system: You are a helpful assistant.
user:
Analyze the provided spectrum to determine if it is a **S-type Star**.

- **Key Indicators for S-type Star:**

    - **(Overall Spectrum Shape):** The first and most obvious characteristic is the overall continuum (the "baseline" shape). It is **extremely "red-sloping,"** meaning the flux (light intensity) is very low on the left side (blue, ~4000-4500 Å) and rises steeply and continuously toward the right side (red, ~7000 Å+).

    - **(Primary):** The spectrum is defined by the presence of strong, broad molecular absorption "valleys" (bands) from **Zirconium Oxide (ZrO)**. The identification of these bands is the **primary requirement** for classifying a star as S-type.
        - **(Key Bandheads):** You must find distinct, deep "dips" where the light has been absorbed. The most critical band systems to locate are:
            - **~6474 Å** ($\gamma$-system): This is often the strongest and clearest ZrO feature, found in the red part of the spectrum.
            - **~5718 Å** & **~5551 Å** ($\beta$-system): A pair of prominent absorption features in the yellow-orange part of the spectrum.
            - **~4640 Å** ($\alpha$-system): A key absorption band system in the blue-green region of the spectrum.

    - **(Secondary Confirmation):** The classification is strengthened by finding additional absorption bands from other related heavy element oxides, which are expected to be present alongside ZrO.
        - **(Key Bandheads):**
            - **Yttrium Oxide (YO):** Look for absorption dips near **~4800 Å** and **~6100 Å**.
            - **Lanthanum Oxide (LaO):** Additional absorption features, particularly in the red-orange part of the spectrum, are also characteristic.

    - **(Line Profile):** The combination of the steep red continuum and these numerous, deep molecular bands (ZrO, YO, etc.) gives the entire spectrum a very **"chopped-up"** or **"bumpy"** appearance. Instead of a smooth curve, the spectrum looks as though large, wide chunks of light have been "carved out" of it at the specific wavelengths listed above.

Think first, call **spectral_visualization_tool** if needed to examine features in detail, then provide your final answer. Your response must adhere to the following strict rules:
1.  **Overall Structure:** Your response must follow the format `<think>...</think> <tool_call>...</tool_call> (if a tool is used) <answer>...</answer>`.
2.  **Tool Usage Constraint:** You may only make **one** tool call per turn.
3.  **Final Answer Format:** In the `<answer>` tag, your conclusion must be inside a `\boxed{}` command (e.g., `\boxed{YES}` or `\boxed{NO}`), followed by your justification.

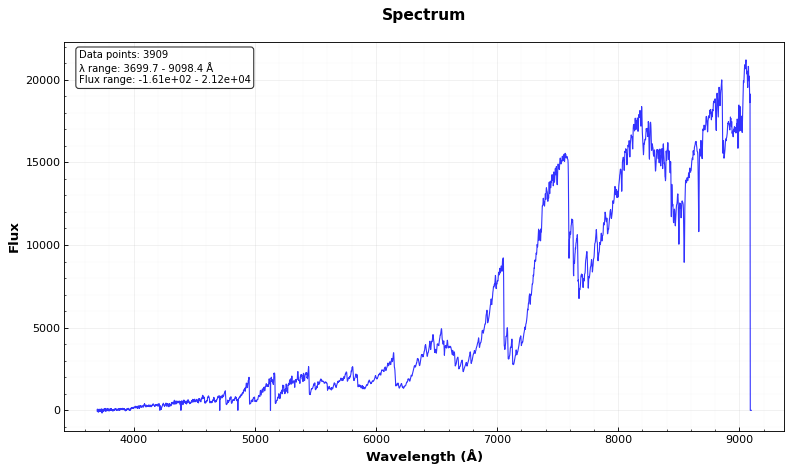
Answer: YES